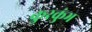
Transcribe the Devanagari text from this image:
कुरकुंभ